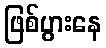
ဖြစ်ပွားနေ